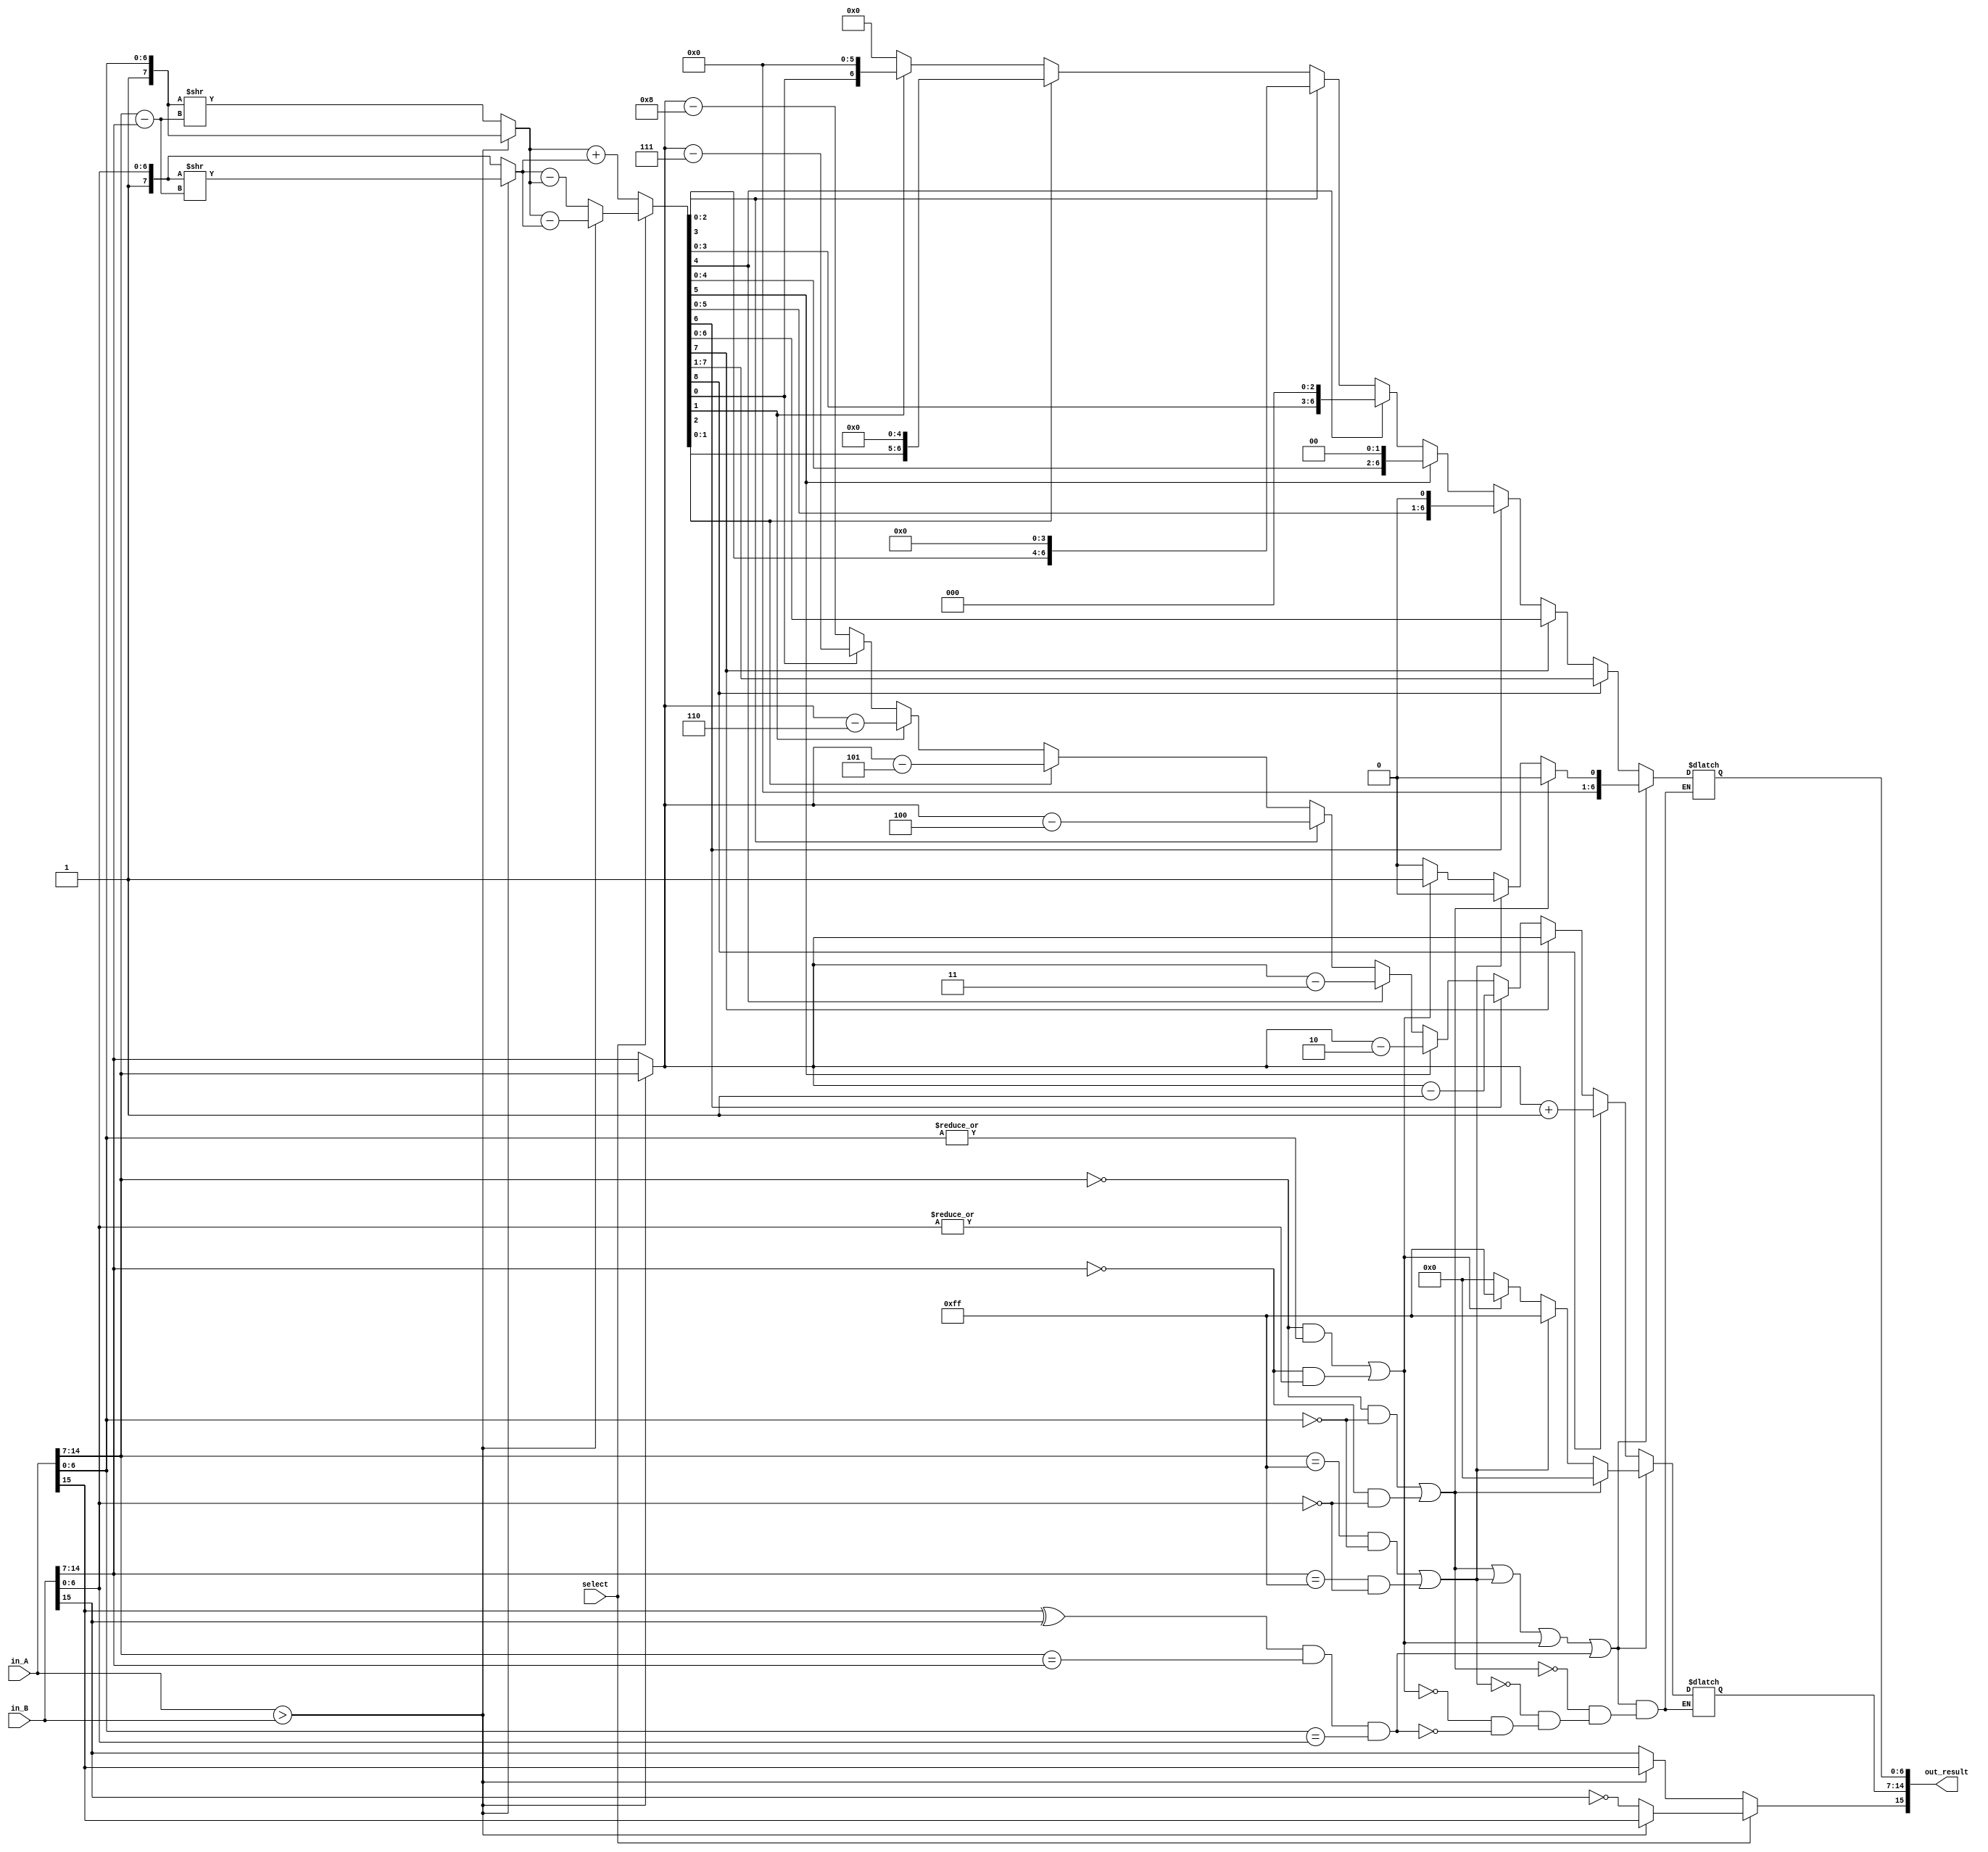

module bfloat16_add(
    in_A,
    in_B,
    select,

    out_result
    
);

input [15:0]        in_A;
input [15:0]        in_B;
input               select;

output[15:0]        out_result;

wire        A_sign          = in_A[15];
wire [7:0]  A_exp           = in_A[14:7];
wire [7:0]  A_mant          = {1'b1, in_A[6:0]};

wire        B_sign          = in_B[15];
wire [7:0]  B_exp           = in_B[14:7];
wire [7:0]  B_mant          = {1'b1, in_B[6:0]};

wire is_zero;
wire is_inf;
wire is_NaN;
wire is_sum_zero;

wire is_special;
wire is_ovf_unf;

wire is_A_bigger_B;


//Check special case
assign is_zero        = (A_exp == 8'b0 && A_mant ==8'b1000_0000) || (B_exp == 8'b0 && B_mant == 8'b1000_0000);
assign is_NaN         = (A_exp == 8'b0 && |in_A[6:0]!= 7'b0) || (B_exp == 8'b0 && |in_B[6:0]!= 7'b0);
assign is_inf         = (A_exp == 8'b1111_1111 && A_mant ==8'b1000_0000) || (B_exp == 8'b1111_1111 && B_mant == 8'b1000_0000);
assign is_sum_zero    = (A_sign ^ B_sign) && (A_exp == B_exp) &&(A_mant == B_mant);
assign is_special     = is_zero || is_inf || is_NaN ||is_sum_zero;


assign is_A_bigger_B  = in_A > in_B;


//Compute unnormalized result 
wire add_sign = !select? (is_A_bigger_B? A_sign : B_sign) : (is_A_bigger_B? A_sign : !B_sign);

wire [7:0]  add_exp_unnormalized;
wire [8:0] A_exp_temp = {1'b0,A_exp};
wire [8:0] B_exp_temp = {1'b0,B_exp};
assign add_exp_unnormalized  =is_A_bigger_B? A_exp : B_exp;
wire [8:0] exp_diff = A_exp_temp - B_exp_temp;


reg [8:0] add_mant_unnormalized;
wire [7:0] aligned_A_mant;
wire [7:0] aligned_B_mant;

assign aligned_A_mant = is_A_bigger_B ? A_mant           : A_mant >>exp_diff;
assign aligned_B_mant = is_A_bigger_B ? B_mant>>exp_diff : B_mant;

//assign add_mant_unnormalized = (!select) ? (aligned_A_mant + aligned_B_mant)  : (is_A_bigger_B? aligned_A_mant-aligned_B_mant : aligned_B_mant - aligned_A_mant);

always @(*) begin
	if(!select)           add_mant_unnormalized = aligned_A_mant + aligned_B_mant;
	else  begin    
	   if(is_A_bigger_B)  add_mant_unnormalized = aligned_A_mant-aligned_B_mant;
	   else               add_mant_unnormalized = aligned_B_mant-aligned_A_mant; 
	end

end
//Normalize result & check special
reg [7:0]     out_exp_normalized;
reg [8:0]    out_mant_normalized;

always @(*) begin 
  if(!is_special) begin     
    if(add_mant_unnormalized[8] == 1'b1) begin 
                                                out_exp_normalized   <= add_exp_unnormalized + 8'b0000_0001;
                                                out_mant_normalized  <= add_mant_unnormalized >> 1;
                                             end
    else if(add_mant_unnormalized[7] == 1'b1) begin 
                                                out_exp_normalized   <= add_exp_unnormalized;
                                                out_mant_normalized  <= add_mant_unnormalized;
                                            end 
    else if(add_mant_unnormalized[6] == 1'b1) begin 
                                                out_exp_normalized   <= add_exp_unnormalized - 8'b0000_0001;
                                                out_mant_normalized  <= add_mant_unnormalized << 1;
                                            end                                             
    else if(add_mant_unnormalized[5] == 1'b1) begin 
                                                out_exp_normalized   <= add_exp_unnormalized - 8'b0000_0010;
                                                out_mant_normalized  <= add_mant_unnormalized << 2;
                                             end                                               
    else if(add_mant_unnormalized[4] == 1'b1) begin 
                                                out_exp_normalized   <= add_exp_unnormalized - 8'b0000_0011;
                                                out_mant_normalized  <= add_mant_unnormalized << 3;
                                            end                                             
    else if(add_mant_unnormalized[3] == 1'b1) begin 
                                                out_exp_normalized   <= add_exp_unnormalized - 8'b0000_0100;
                                                out_mant_normalized  <= add_mant_unnormalized << 4;
                                             end 
    else if(add_mant_unnormalized[2] == 1'b1) begin 
                                                out_exp_normalized   <= add_exp_unnormalized - 8'b0000_0101;
                                                out_mant_normalized  <= add_mant_unnormalized << 5;
                                            end 
    else if(add_mant_unnormalized[1] == 1'b1) begin 
                                                out_exp_normalized   <= add_exp_unnormalized - 8'b0000_0110;
                                                out_mant_normalized  <= add_mant_unnormalized << 6;
                                            end                                             
    else if(add_mant_unnormalized[0] == 1'b1) begin 
                                                out_exp_normalized   <= add_exp_unnormalized - 8'b0000_0111;
                                                out_mant_normalized  <= add_mant_unnormalized << 7;
                                             end                                                                                         
    else                                      begin 
                                                out_exp_normalized   <= add_exp_unnormalized - 8'b0000_1000;
                                                out_mant_normalized  <= add_mant_unnormalized << 8;
                                            end
  end
else begin        
    if(is_zero)                              begin                                  
                                                out_exp_normalized   <= 'b0;
                                                out_mant_normalized  <= 'b0;
                                            end
    else if(is_inf)                        begin                                  
                                                out_exp_normalized   <= 8'b1111_1111;
                                                out_mant_normalized  <= 9'b0_0000_0000;
                                            end
    else if(is_NaN)                        begin                                  
                                                out_exp_normalized   <= 8'b1111_1111;
                                                out_mant_normalized  <= 9'b0_0000_0001;
                                            end   
    else if(is_sum_zero)                        begin                                  
                                                out_exp_normalized   <= 8'b0000_0000;
                                                out_mant_normalized  <= 9'b0_0000_0000;
                                            end                                         
end
end

assign out_result  = {add_sign, out_exp_normalized, out_mant_normalized[6:0]};


endmodule